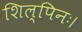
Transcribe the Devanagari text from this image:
शिल्पिनः।